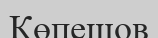
Көпешов